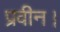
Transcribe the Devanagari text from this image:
प्रवीन।